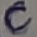
Text: C